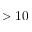
> 1 0